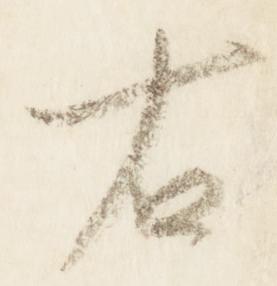
右